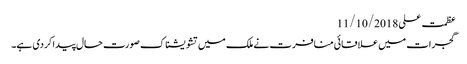
عظمت علی 11/10/2018
گجرات میں علاقائی منافرت نے ملک میں تشویشناک صورت حال پیدا کردی ہے۔